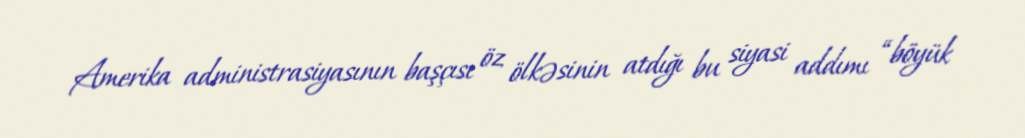
Amerika administrasiyasının başçısı öz ölkəsinin atdığı bu siyasi addımı “böyük